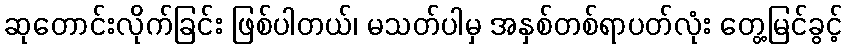
ဆုတောင်းလိုက်ခြင်း ဖြစ်ပါတယ်၊ မသတ်ပါမှ အနှစ်တစ်ရာပတ်လုံး တွေ့မြင်ခွင့်